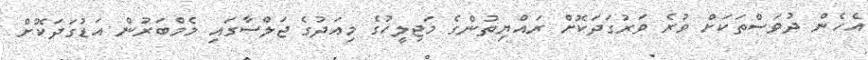
އެހެން ދުވަސްތަކަށް ވުރެ ވަރުގަދަކޮށް ރައްޔިތުންގެ މަޖިލީހުގެ މިއަދުގެ ޖަލްސާގައި މެމްބަރުން އަޑުގަދަކޮށް